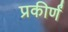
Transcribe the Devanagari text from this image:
प्रकीर्णं